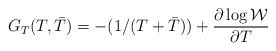
\begin{align*}G_{T}(T,{\bar T}) = -(1/(T + {\bar T})) + \frac{\partial \log \cal W}{\partial T}\end{align*}